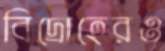
বিদ্রোহেরও